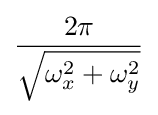
{\frac {2\pi }{\sqrt {\omega _{x}^{2}+\omega _{y}^{2}}}}